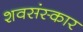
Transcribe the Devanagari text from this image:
शवसंस्कार